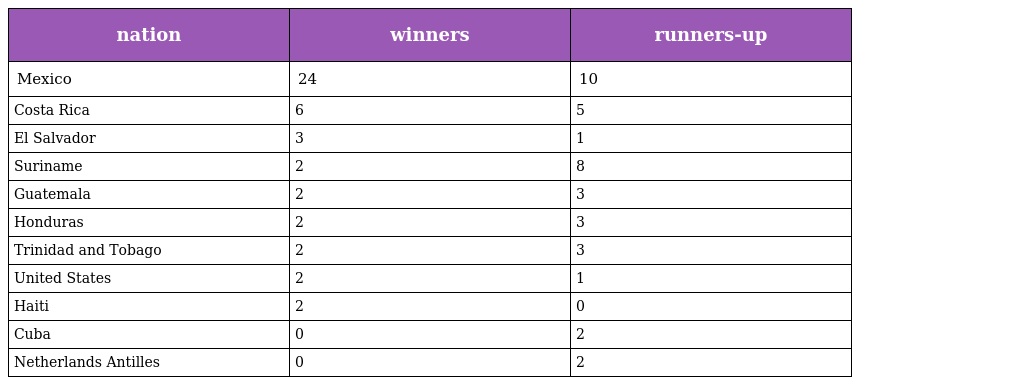
| nation | winners | runners-up |
 | --- | --- | --- |
 | Mexico | 24 | 10 |
 | Costa Rica | 6 | 5 |
 | El Salvador | 3 | 1 |
 | Suriname | 2 | 8 |
 | Guatemala | 2 | 3 |
 | Honduras | 2 | 3 |
 | Trinidad and Tobago | 2 | 3 |
 | United States | 2 | 1 |
 | Haiti | 2 | 0 |
 | Cuba | 0 | 2 |
 | Netherlands Antilles | 0 | 2 |